Report of the King Institute of Preventive Medicine, Guindy
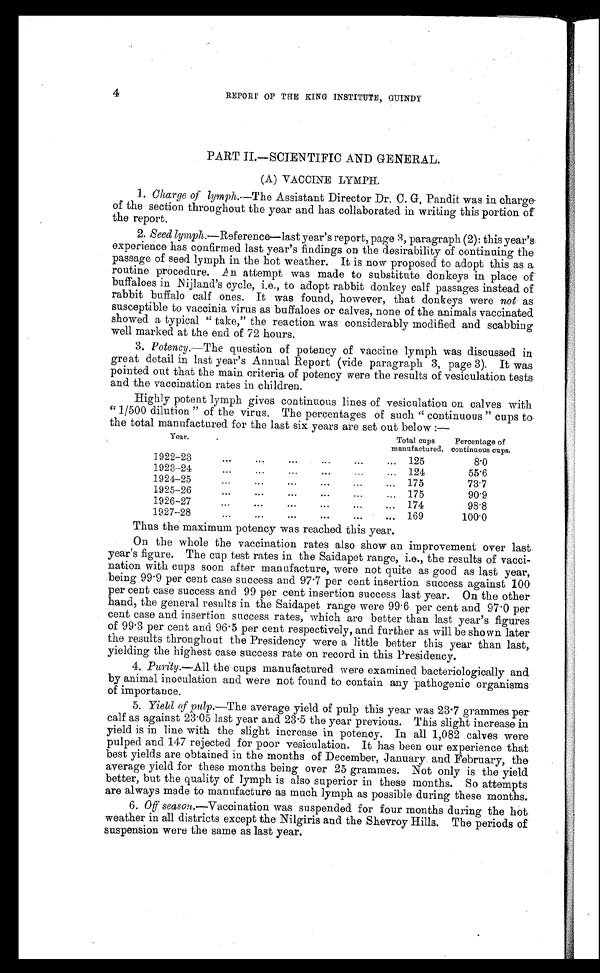
4
REPORT OF THE KING INSTITUTE, GUINDY
PART II.—SCIENTIFIC AND GENERAL.
(A) VACCINE LYMPH
.
1. Charge of lymph.—The Assistant Director Dr. C. G. Pandit was in charge
of the section throughout the year and has collaborated in writing this portion of
the report.
2. Seed lymph.— Reference—last year’s report, page 3, paragraph (2): this year’s
experience has confirmed last year’s findings on the desirability of continuing the
passage of seed lymph in the hot weather. It is now proposed to adopt this as a
routine procedure. An attempt was made to substitute donkeys in place of
buffaloes in Nijland’s cycle, i.e., to adopt rabbit donkey calf passages instead of
rabbit buffalo calf ones. It was found, however, that donkeys were not as
susceptible to vaccinia virus as buffaloes or calves, none of the animals vaccinated
showed a typical “ take,” the reaction was considerably modified and scabbing
well marked at the end of 72 hours.
3. Potency.—The question of potency of vaccine lymph was discussed in
great detail in last year’s Annual Report (vide paragraph 3, page 3). It was
pointed out that the main criteria of potency were the results of vesiculation tests
and the vaccination rates in children.
Highly potent lymph gives continuous lines of vesiculation on calves with
“ 1/500 dilution ” of the virus. The percentages of such “ continuous ” cups to
the total manufactured for the last six years are set out below :—
Y e a r .
Tot al cups manuf act ur ed.
Percentage of
continuous cups.
1922–23
125
8 . 0
1923–24
124
55.6
1924–25
175
7 3 . 7
1925–26
175
90.9
1926-27
174
98.8
1927-28
169
100.0
Thus the maximum potency was reached this year.
On the whole the vaccination rates also show an improvement over last
year’s figure. The cup test rates in the Saidapet range, i.e., the results of vacci-
nation with cups soon after manufacture, were not quite as good as last year,
being 99.9 per cent case success and 97.7 per cent insertion success against 100
per cent case success and 99 per cent insertion success last year. On the other
hand, the general results in the Saidapet range were 99.6 per cent and 97.0 per
cent case and insertion success rates, which are better than last year’s figures
of 99.3 per cent and 96.5 per cent respectively, and further as will be shown later
the results throughout the Presidency were a little better this year than last,
yielding the highest case success rate on record in this Presidency.
4. Purity.—All the cups manufactured were examined bacteriologically and
by animal inoculation and were not found to contain any pathogenic organisms
of importance.
5. Yield of pulp.—The average yield of pulp this year was 23.7 grammes per
calf as against 23.05 last year and 23.5 the year previous. This slight increase in
yield is in line with the slight increase in potency. In all 1,082 calves were
pulped and 147 rejected for poor vesiculation. It has been our experience that
best yields are obtained in the months of December, January and February, the
average yield for these months being over 25 grammes. Not only is the yield
better, but the quality of lymph is also superior in these months. So attempts
are always made to manufacture as much lymph as possible during these months.
6. Off season.—Vaccination was suspended for four months during the hot
weather in all districts except the Nilgiris and the Shevroy Hills. The periods of
suspension were the same as last year.